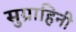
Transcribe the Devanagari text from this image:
सुग्राहिनी